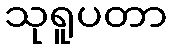
သုရူပတာ